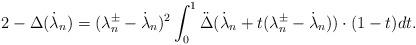
LaTeX: \begin{align*} 2- \Delta(\dot \lambda_n)= (\lambda_n^\pm-\dot\lambda_n)^2\int_0^1 \ddot \Delta(\dot \lambda_n+t(\lambda_n^\pm-\dot \lambda_n))\cdot (1-t)dt.\end{align*}